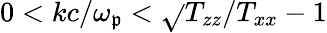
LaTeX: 0<kc/\omega_{\mathfrak{p}}<\sqrt{}{{T_{zz}/T_{xx}-1}}